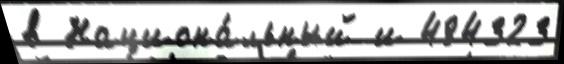
в Национа́льный и 484323